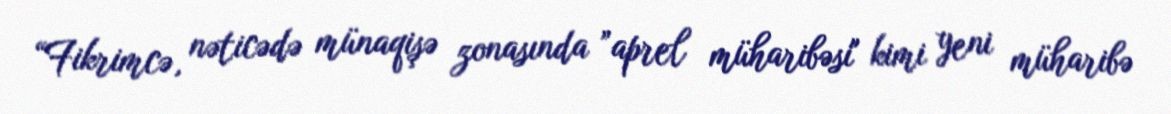
“Fikrimcə, nəticədə münaqişə zonasında ”aprel müharibəsi" kimi yeni müharibə